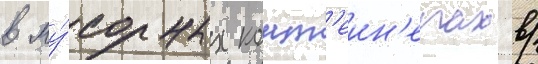
в му́сорных конт'еин'ерах в